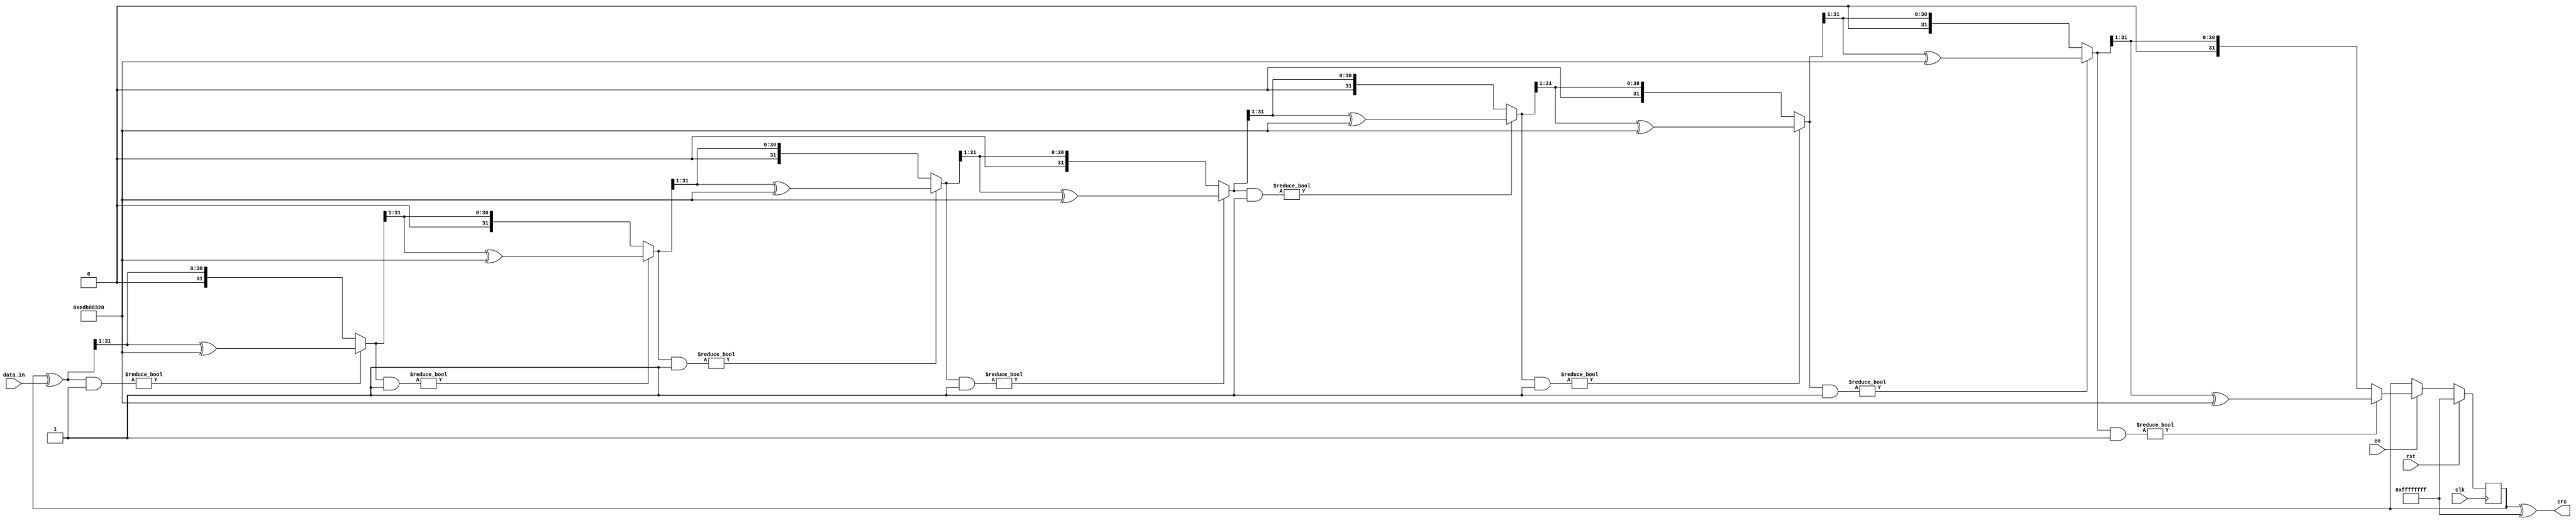
`default_nettype wire
module crc32(/*AUTOARG*/
    // Outputs
    crc,
    // Inputs
    clk, rst, en, data_in
    );
    input clk, rst;
    input en;
    input [7:0] data_in;
    output wire [31:0] crc;

    reg [31:0] 	  state;
    assign crc = state ^ 32'hffffffff;
    reg [31:0] 	  temp;

    reg [4:0] 	  i;
    always @(posedge clk)
      if(rst == 1'b1) begin
	  state <= 32'hffffffff;
	  /*AUTORESET*/
      end
      else if(en == 1) begin

	  state <= temp;
      end

    always @(*) begin
	temp = state ^ {24'b0, data_in};
	for (i=0;i<8;i=i+1)
	  if((temp & 32'b1) != 0)
	    temp = (temp >> 1) ^ 32'hedb88320;
	  else
	    temp = (temp >> 1);
    end
    
    

endmodule // crc32
/* crc calculation
def crc32(frame):
    crc = 0xffffffff
    for byte in frame:
        crc ^= byte
        for i in range(0,8):
            if crc & 1:
                crc = (crc >> 1) ^ 0xedb88320
            else:
                crc = crc >> 1
    crc = crc ^ 0xffffffff
    return [crc & 0xff, (crc >> 8) & 0xff, (crc >> 16) & 0xff, (crc >> 24) & 0xff]

*/